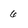
Character: 6